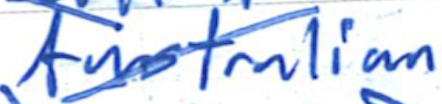
Text: Australian
Cross-out: diagonal
Writing tool: ballpoint